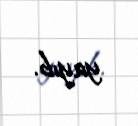
yayıb.